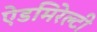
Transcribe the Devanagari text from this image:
ऐडमिरेल्टी